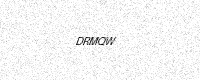
Text: DRMQW